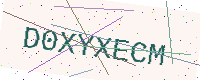
Text: D0XYXECM